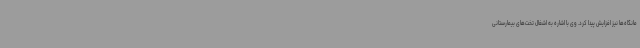
مانگاه‌ها نیز افزایش پیدا کرد. وی با اشاره به اشغال تخت‌های بیمارستانی